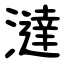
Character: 澾